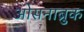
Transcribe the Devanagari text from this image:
ओसनाब्रुक